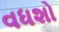
વધશો